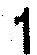
1